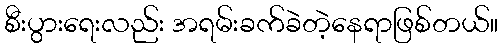
စီးပွားရေးလည်း အရမ်းခက်ခဲတဲ့နေရာဖြစ်တယ်။